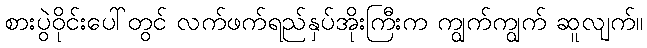
စားပွဲဝိုင်းပေါ်တွင် လက်ဖက်ရည်နှပ်အိုးကြီးက ကျွက်ကျွက် ဆူလျက်။